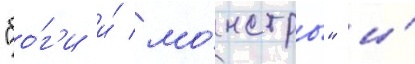
"бо́г'и и́ мо́нстры" и́